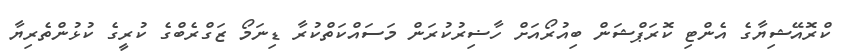
ކްރޮއޭޝިޔާގެ އެންޓި ކޮރަޕްޝަން ބިއުރޯއަށް ހާޟިރުކުރަން މަސައްކަތްކުރާ ޑިނަމޯ ޒަގްރެބްގެ ކުރީގެ ކުޅުންތެރިޔާ